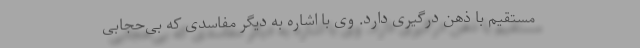
مستقیم با ذهن درگیری دارد. وی با اشاره به دیگر مفاسدی که بی‌حجابی